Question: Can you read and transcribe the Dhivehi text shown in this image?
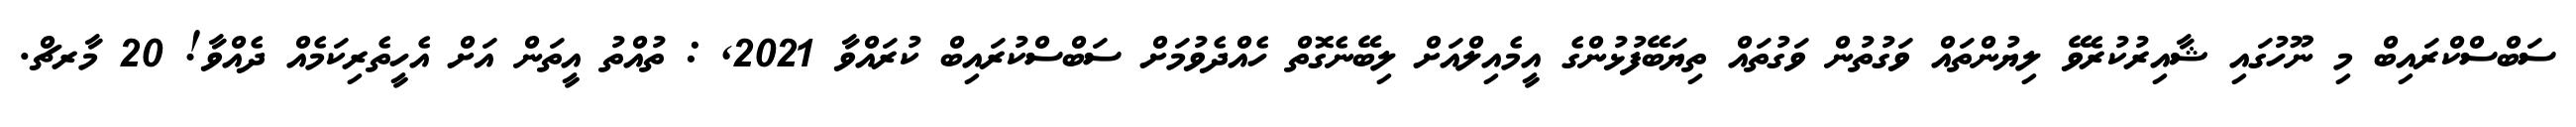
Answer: ސަބްސްކްރައިބް މި ނޫހުގައި ޝާއިރުކުރެވޭ ލިޔުންތައް ވަގުތުން ވަގުތައް ތިޔަބޭފުޅުންގެ އީމެއިލްއަށް ލިބޭނެގޮތް ހެއްދެވުމަށް ސަބްސްކުރައިބް ކުރައްވާ 2021, : ތުއްތު އީތަން އަށް އެހީތެރިކަމެއް ދެއްވާ! 20 މާރޗް.